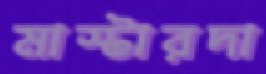
মাস্টারদা